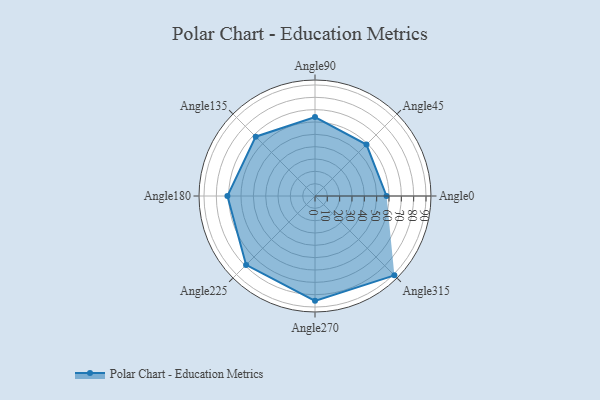
{"axis": {"x": "Angle", "y": "Radius"}, "legend": [""], "data": [{"x": "Angle0", "y": 58.0, "type": ""}, {"x": "Angle45", "y": 59.0, "type": ""}, {"x": "Angle90", "y": 64.0, "type": ""}, {"x": "Angle135", "y": 68.0, "type": ""}, {"x": "Angle180", "y": 71.0, "type": ""}, {"x": "Angle225", "y": 79.0, "type": ""}, {"x": "Angle270", "y": 85.0, "type": ""}, {"x": "Angle315", "y": 91.0, "type": ""}]}